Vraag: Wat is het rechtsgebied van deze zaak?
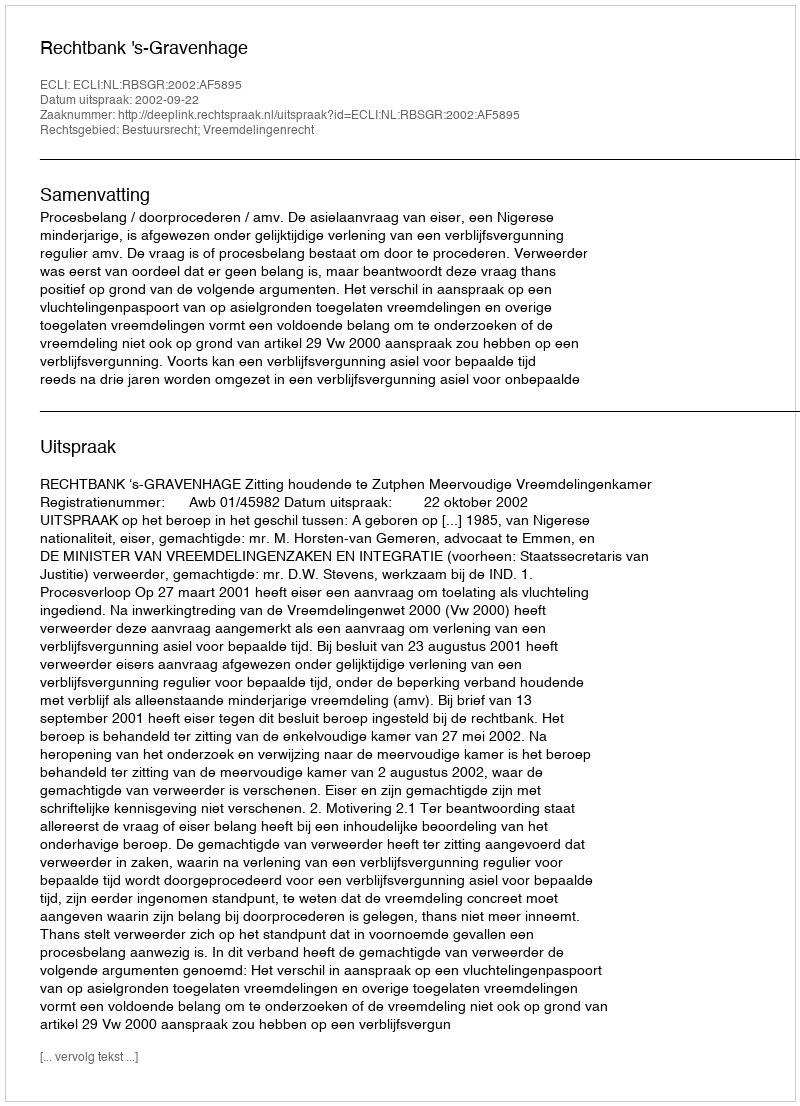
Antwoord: Bestuursrecht; Vreemdelingenrecht